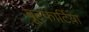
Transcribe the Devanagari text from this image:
बूल्फार्टिया